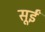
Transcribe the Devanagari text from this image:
सूईं